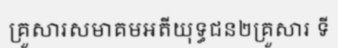
គ្រួសារសមាគមអតីយុទ្ធជន២គ្រួសារ ទី